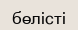
бөлісті